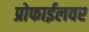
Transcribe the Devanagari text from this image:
प्रोफाईलवर